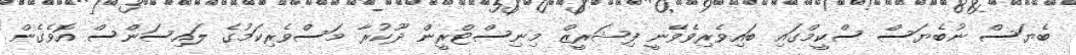
ބެޔަސް ނުބެޔަސް ސްކީމްގައި ބައިވެރިވެވޭނީ ފިޝަރީޒް މިނިސްޓްރީން ދޫކުރާ މަސްވެރިކަމުގެ ލައިސަންސް އޮވެގެން